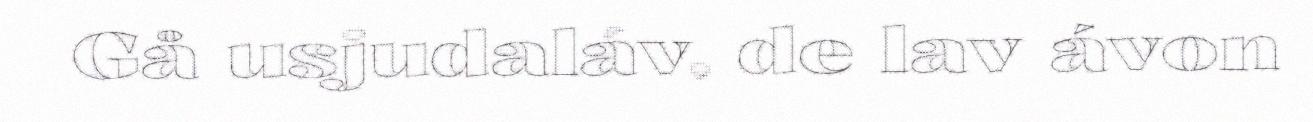
Gå usjudaláv, de lav ávon